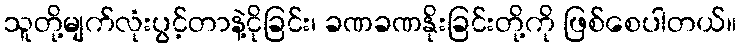
သူတို့မျက်လုံးပွင့်တာနဲ့ငိုခြင်း၊ ခဏခဏနိုးခြင်းတို့ကို ဖြစ်စေပါတယ်။